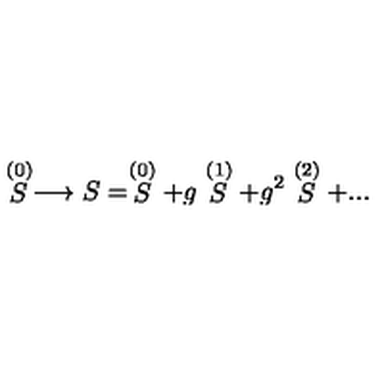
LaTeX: \stackrel { ( 0 ) } { S } \longrightarrow S = \stackrel { ( 0 ) } { S } + g \stackrel { ( 1 ) } { S } + g ^ { 2 } \stackrel { ( 2 ) } { S } + . . .